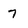
Character: 7